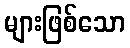
များဖြစ်သော